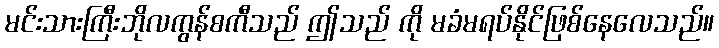
မင်းသားကြီးဘိုလကွန်စကီသည် ဤသည် ကို မခံမရပ်နိုင်ဖြစ်နေလေသည်။